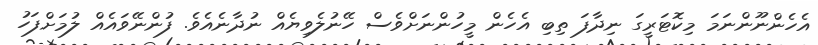
އެހެންނޫންނަމަ މިކޮޓަރީގަ ނިދާފަ ތިބި އެހެން މީހުންނަށްވެސް ހޭނުލެވިޔެއް ނުދާނެއެވެ. ފުންނޭވައެއް ލުމަށްފަހު